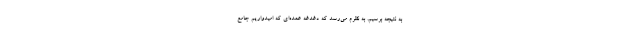
به نتیجه برسیم. به نظرم می‌رسد که دغدغه عمده‌ای که امیدواریم جامع